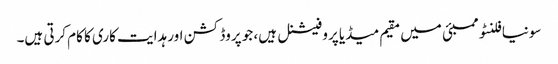
سونیا فلنٹو ممبئی میں مقیم میڈیا پروفیشنل ہیں، جو پروڈکشن اور ہدایت کاری کا کام کرتی ہیں۔